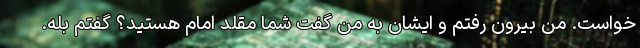
خواست. من بیرون رفتم و ایشان به من گفت شما مقلد امام هستید؟ گفتم بله.